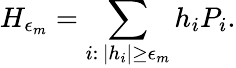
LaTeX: H_{\epsilon_{m}}=\sum_{i:\, |h_{i}|\geq\epsilon_{m}}h_{i}P_{i}.